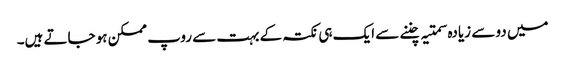
میں دو سے زیادہ سمتیہ چننے سے ایک ہی نکتہ کے بہت سے روپ ممکن ہو جاتے ہیں۔